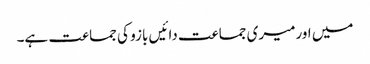
میں اورمیری جماعت دائیں بازو کی جماعت ہے۔